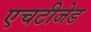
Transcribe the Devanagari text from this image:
एचटीजेड